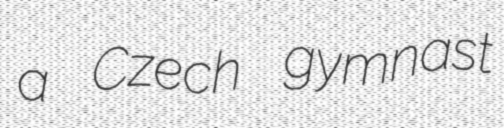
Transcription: a Czech gymnast